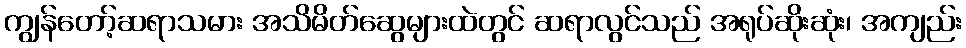
ကျွန်တော့်ဆရာသမား အသိမိတ်ဆွေများထဲတွင် ဆရာလွင်သည် အရုပ်ဆိုးဆုံး၊ အကျည်း